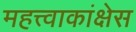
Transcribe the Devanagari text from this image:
महत्त्वाकांक्षेस